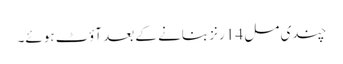
چندی مل 14 رنز بنانے کے بعد آؤٹ ہوئے۔